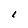
Character: I